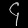
Digit: ၄